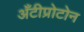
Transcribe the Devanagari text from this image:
अँटीप्रोटोन